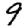
Digit: 9